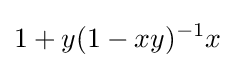
1+y(1-xy)^{-1}x